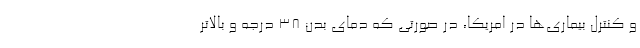
و کنترل بیماری‌ها در امریکا، در صورتی که دمای بدن 38 درجه و بالاتر